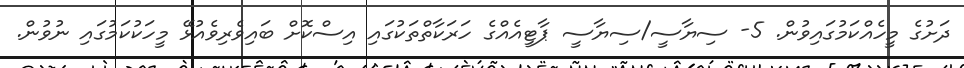
ދަށުގެ މީހެއްކަމުގައިވުން. 5- ސިޔާސީ/ސިޔާސީ ޕާޓީއެއްގެ ހަރަކާތްތަކުގައި އިސްކޮށް ބައިވެރިވެއުޅޭ މީހަކުކަމުގައި ނުވުން.